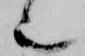
也